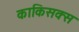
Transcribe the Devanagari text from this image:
काकिसक्स